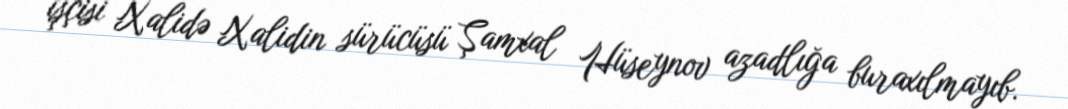
işçisi Xalidə Xalidin sürücüsü Şamxal Hüseynov azadlığa buraxılmayıb.